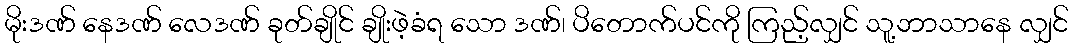
မိုးဒဏ် နေဒဏ် လေဒဏ် ခုတ်ချိုင် ချိုးဖဲ့ခံရ သော ဒဏ်၊ ပိတောက်ပင်ကို ကြည့်လျှင် သူ့ဘာသာနေ လျှင်